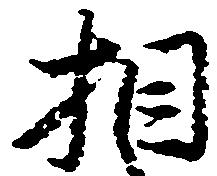
相